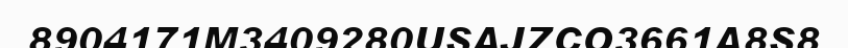
8904171M3409280USAJZCO3661A8S8